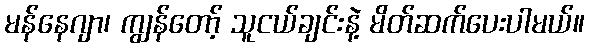
မန်နေဂျာ၊ ကျွန်တော့် သူငယ်ချင်းနဲ့ မိတ်ဆက်ပေးပါမယ်။